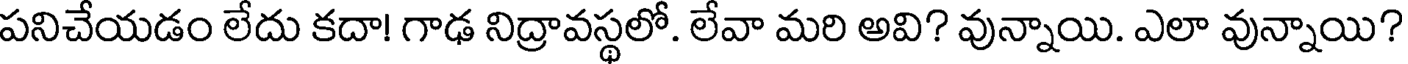
పనిచేయడం లేదు కదా! గాఢ నిద్రావస్థలో. లేవా మరి అవి? వున్నాయి. ఎలా వున్నాయి?